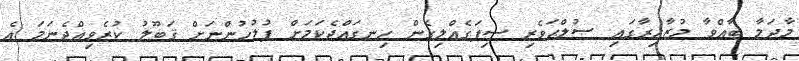
މާދަމާ ބާއްވާ މުޒާހިރާގައި ޞުލްޙަވެރި ސިފަގެއްލިގެން ހިނގައްޖެކަމަށް ފުލުހުންނަށް ޤަބޫލު ކުރެވިއްޖެނަމަ އެ